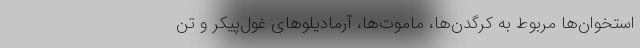
استخوان‌ها مربوط به کرگدن‌ها، ماموت‌ها، آرمادیلوهای غول‌پیکر و تن